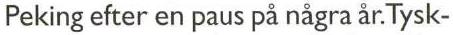
Peking efter en paus på några år.Tysk-